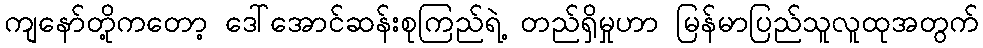
ကျနော်တို့ကတော့ ဒေါ်အောင်ဆန်းစုကြည်ရဲ့ တည်ရှိမှုဟာ မြန်မာပြည်သူလူထုအတွက်